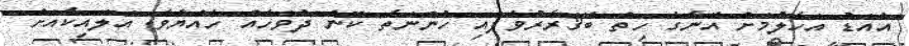
އެއަޑު އަހާލުމަށް އޭނާގެ ހިތް ބޭޤަރާރުވެފައި ހުންނަތާ ކޮން ދުވަހެއް ހެއްޔެވެ. އަލައިކާއަށް